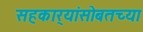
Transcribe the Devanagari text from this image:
सहकार्‍यांसोबतच्या